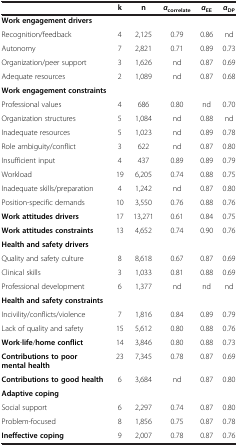
<table><thead><tr><td><b> </b></td><td><b>k</b></td><td><b>n</b></td><td><b><i>α</i><sub>correlate</sub></b></td><td><b><i>α</i><sub>EE</sub></b></td><td><b><i>α</i><sub>DP</sub></b></td></tr></thead><tbody><tr><td><b>Work engagement drivers</b></td><td> </td><td> </td><td> </td><td> </td><td> </td></tr><tr><td>Recognition/feedback</td><td>4</td><td>2,125</td><td>0.79</td><td>0.86</td><td>nd</td></tr><tr><td>Autonomy</td><td>7</td><td>2,821</td><td>0.71</td><td>0.89</td><td>0.73</td></tr><tr><td>Organization/peer support</td><td>3</td><td>1,626</td><td>nd</td><td>0.87</td><td>0.69</td></tr><tr><td>Adequate resources</td><td>2</td><td>1,089</td><td>nd</td><td>0.87</td><td>0.68</td></tr><tr><td><b>Work engagement constraints</b></td><td> </td><td> </td><td> </td><td> </td><td> </td></tr><tr><td>Professional values</td><td>4</td><td>686</td><td>0.80</td><td>nd</td><td>0.70</td></tr><tr><td>Organization structures</td><td>5</td><td>1,084</td><td>nd</td><td>0.88</td><td>nd</td></tr><tr><td>Inadequate resources</td><td>5</td><td>1,023</td><td>nd</td><td>0.89</td><td>0.78</td></tr><tr><td>Role ambiguity/conflict</td><td>3</td><td>622</td><td>nd</td><td>0.87</td><td>0.80</td></tr><tr><td>Insufficient input</td><td>4</td><td>437</td><td>0.89</td><td>0.89</td><td>0.79</td></tr><tr><td>Workload</td><td>19</td><td>6,205</td><td>0.74</td><td>0.88</td><td>0.75</td></tr><tr><td>Inadequate skills/preparation</td><td>4</td><td>1,242</td><td>nd</td><td>0.87</td><td>0.80</td></tr><tr><td>Position-specific demands</td><td>10</td><td>3,550</td><td>0.76</td><td>0.88</td><td>0.76</td></tr><tr><td><b>Work attitudes drivers</b></td><td>17</td><td>13,271</td><td>0.61</td><td>0.84</td><td>0.75</td></tr><tr><td><b>Work attitudes constraints</b></td><td>13</td><td>4,652</td><td>0.74</td><td>0.90</td><td>0.76</td></tr><tr><td><b>Health and safety drivers</b></td><td> </td><td> </td><td> </td><td> </td><td> </td></tr><tr><td>Quality and safety culture</td><td>8</td><td>8,618</td><td>0.67</td><td>0.87</td><td>0.69</td></tr><tr><td>Clinical skills</td><td>3</td><td>1,033</td><td>0.81</td><td>0.88</td><td>0.69</td></tr><tr><td>Professional development</td><td>6</td><td>1,377</td><td>nd</td><td>nd</td><td>nd</td></tr><tr><td><b>Health and safety constraints</b></td><td> </td><td> </td><td> </td><td> </td><td> </td></tr><tr><td>Incivility/conflicts/violence</td><td>7</td><td>1,816</td><td>0.84</td><td>0.89</td><td>0.79</td></tr><tr><td>Lack of quality and safety</td><td>15</td><td>5,612</td><td>0.80</td><td>0.88</td><td>0.76</td></tr><tr><td><b>Work</b>-<b>life</b>/<b>home conflict</b></td><td>14</td><td>3,846</td><td>0.80</td><td>0.88</td><td>0.73</td></tr><tr><td><b>Contributions to poor mental health</b></td><td>23</td><td>7,345</td><td>0.78</td><td>0.87</td><td>0.69</td></tr><tr><td><b>Contributions to good health</b></td><td>6</td><td>3,684</td><td>nd</td><td>0.87</td><td>0.80</td></tr><tr><td><b>Adaptive coping</b></td><td> </td><td> </td><td> </td><td> </td><td> </td></tr><tr><td>Social support</td><td>6</td><td>2,297</td><td>0.74</td><td>0.87</td><td>0.80</td></tr><tr><td>Problem-focused</td><td>8</td><td>1,856</td><td>0.75</td><td>0.87</td><td>0.78</td></tr><tr><td><b>Ineffective coping</b></td><td>9</td><td>2,007</td><td>0.78</td><td>0.87</td><td>0.76</td></tr></tbody></table>